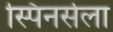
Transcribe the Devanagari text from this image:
स्पिनर्सला